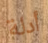
أدلة